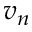
v _ { n }